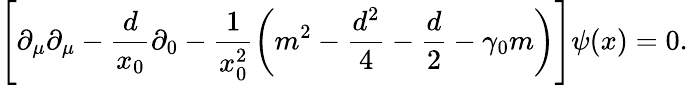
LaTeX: \left[\partial_{\mu}\partial_{\mu}-\frac{d}{x_{0}}\partial_{0}-\frac{1}{x_{0}^{2}}\left(m^{2}-\frac{d^{2}}{4}-\frac{d}{2}-\gamma_{0}m\right)\right]\psi(x)=0.